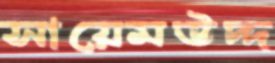
সায়েমউদ্দ